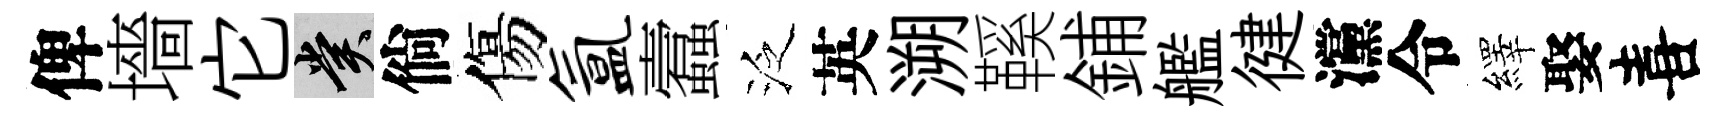
俾墻它賞倘傷氲蠧泛英溯鞵鋪艦徤灙令繹娶喜